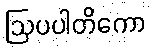
ဩပပါတိကော